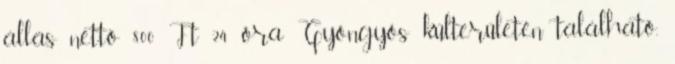
állás nettó 800 Ft 24 óra Gyöngyös külterületén található,